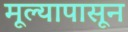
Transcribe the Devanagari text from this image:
मूल्यापासून